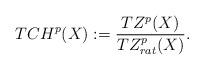
LaTeX: \begin{align*} TCH^{p}(X) := \dfrac{TZ^{p}(X)}{ TZ^{p}_{rat}(X) }.\end{align*}